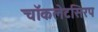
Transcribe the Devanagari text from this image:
चॉकलेटसिरप